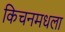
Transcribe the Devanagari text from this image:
किचनमधला